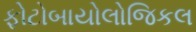
ફોટોબાયોલોજિકલ